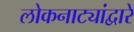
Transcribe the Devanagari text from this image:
लोकनाट्यांद्वारे